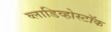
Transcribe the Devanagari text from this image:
व्लाडिव्होस्टॉक